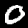
Digit: 0